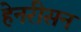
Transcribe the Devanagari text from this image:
हेनरीसन